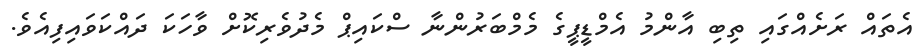
އެތައް ރަށެއްގައި ތިބި އާންމު އެމްޑީޕީގެ މެމްބަރުންނާ ސްކައިޕް މެދުވެރިކޮށް ވާހަކަ ދައްކަވައިފިއެވެ.